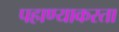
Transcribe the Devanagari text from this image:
पहाण्याकरता